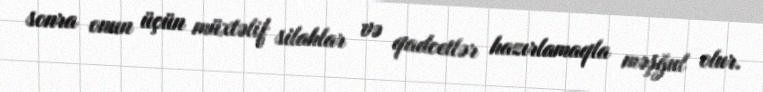
sonra onun üçün müxtəlif silahlar və qadcetlər hazırlamaqla məşğul olur.